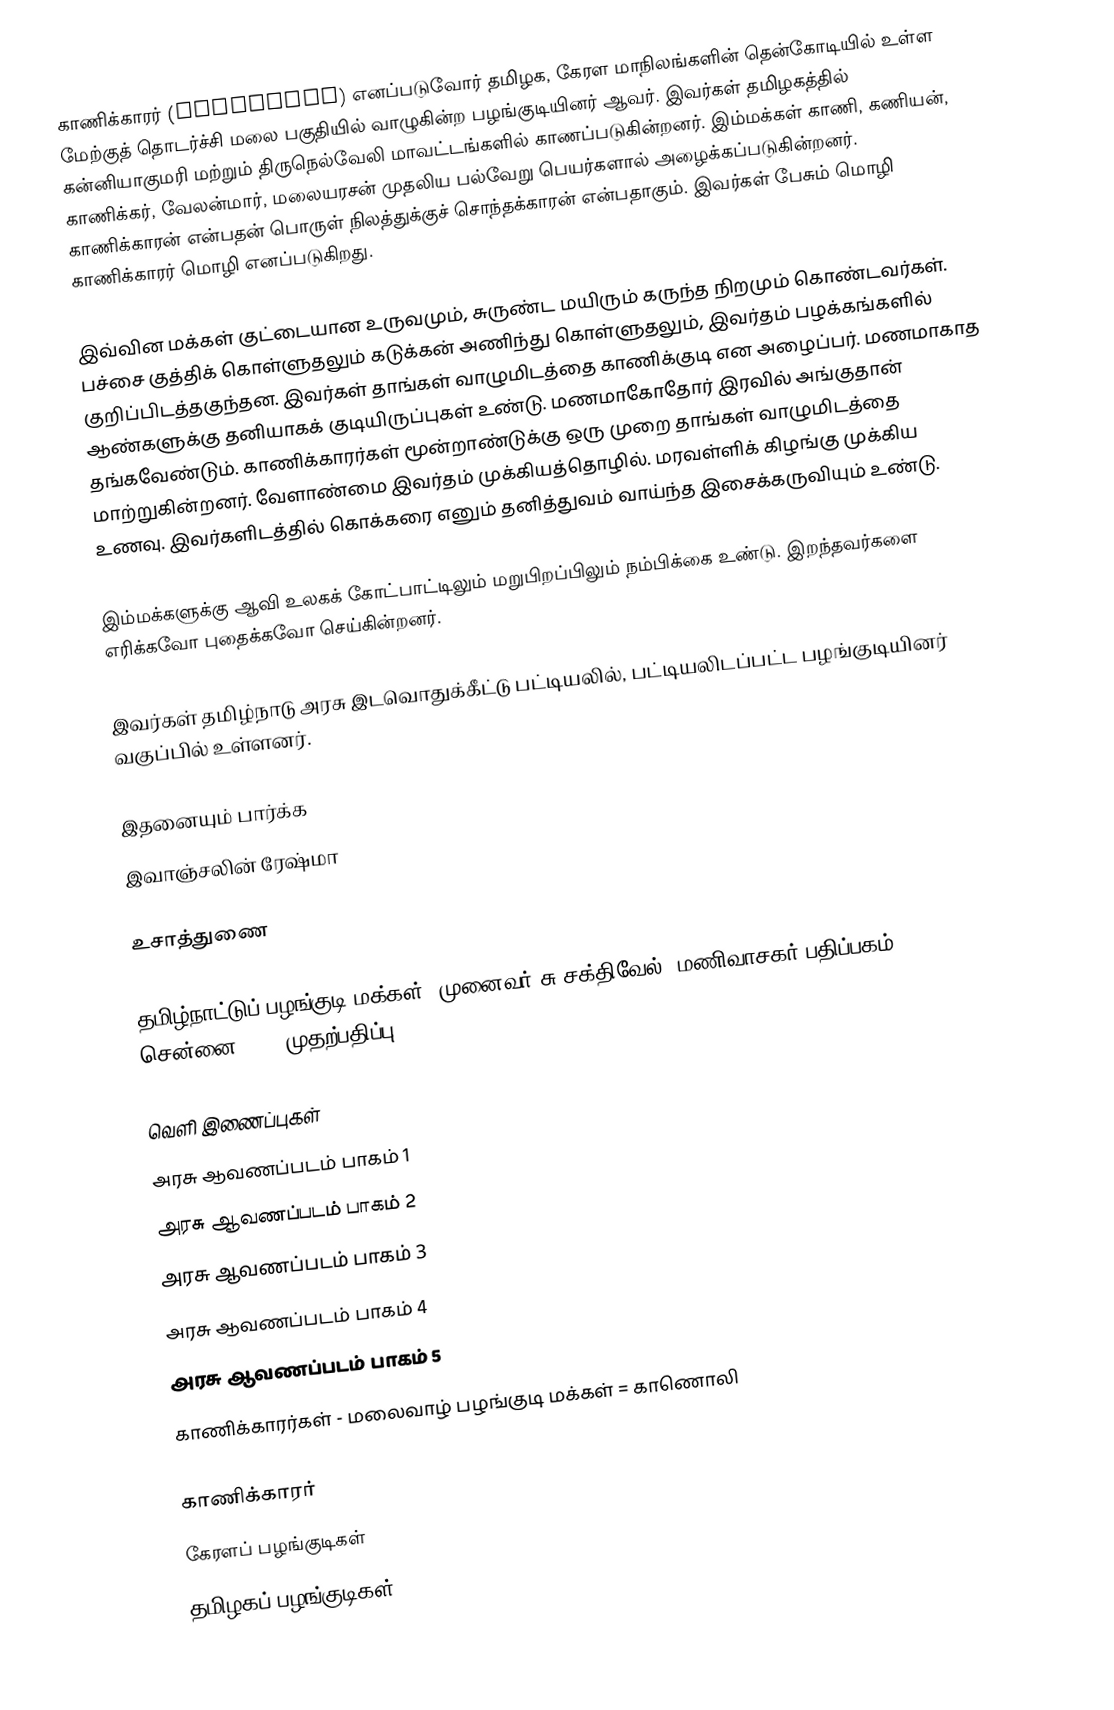
காணிக்காரர் (Kanikaran) எனப்படுவோர் தமிழக, கேரள மாநிலங்களின் தென்கோடியில் உள்ள மேற்குத் தொடர்ச்சி மலை பகுதியில் வாழுகின்ற பழங்குடியினர் ஆவர். இவர்கள் தமிழகத்தில் கன்னியாகுமரி மற்றும் திருநெல்வேலி மாவட்டங்களில் காணப்படுகின்றனர். இம்மக்கள் காணி, கணியன், காணிக்கர், வேலன்மார், மலையரசன் முதலிய பல்வேறு பெயர்களால் அழைக்கப்படுகின்றனர். காணிக்காரன் என்பதன் பொருள் நிலத்துக்குச் சொந்தக்காரன் என்பதாகும். இவர்கள் பேசும் மொழி காணிக்காரர் மொழி எனப்படுகிறது.

இவ்வின மக்கள் குட்டையான உருவமும், சுருண்ட மயிரும் கருந்த நிறமும் கொண்டவர்கள். பச்சை குத்திக் கொள்ளுதலும் கடுக்கன் அணிந்து கொள்ளுதலும், இவர்தம் பழக்கங்களில் குறிப்பிடத்தகுந்தன. இவர்கள் தாங்கள் வாழுமிடத்தை காணிக்குடி என அழைப்பர். மணமாகாத ஆண்களுக்கு தனியாகக் குடியிருப்புகள் உண்டு. மணமாகோதோர் இரவில் அங்குதான் தங்கவேண்டும். காணிக்காரர்கள் மூன்றாண்டுக்கு ஒரு முறை தாங்கள் வாழுமிடத்தை மாற்றுகின்றனர். வேளாண்மை இவர்தம் முக்கியத்தொழில். மரவள்ளிக் கிழங்கு முக்கிய உணவு. இவர்களிடத்தில் கொக்கரை எனும் தனித்துவம் வாய்ந்த இசைக்கருவியும் உண்டு.

இம்மக்களுக்கு ஆவி உலகக் கோட்பாட்டிலும் மறுபிறப்பிலும் நம்பிக்கை உண்டு. இறந்தவர்களை எரிக்கவோ புதைக்கவோ செய்கின்றனர்.

இவர்கள் தமிழ்நாடு அரசு இடவொதுக்கீட்டு பட்டியலில், பட்டியலிடப்பட்ட பழங்குடியினர் வகுப்பில் உள்ளனர்.

இதனையும் பார்க்க
 இவாஞ்சலின் ரேஷ்மா

உசாத்துணை

 தமிழ்நாட்டுப் பழங்குடி மக்கள், முனைவர் சு.சக்திவேல், மணிவாசகர் பதிப்பகம், சென்னை-108, முதற்பதிப்பு: 1998

வெளி இணைப்புகள்
 அரசு ஆவணப்படம் பாகம் 1
 அரசு ஆவணப்படம் பாகம் 2
 அரசு ஆவணப்படம் பாகம் 3
 அரசு ஆவணப்படம் பாகம் 4
 அரசு ஆவணப்படம் பாகம் 5
 காணிக்காரர்கள் - மலைவாழ் பழங்குடி மக்கள் = காணொலி

காணிக்காரர்
கேரளப் பழங்குடிகள்
தமிழகப் பழங்குடிகள்